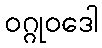
ဝဂ္ဂုဝဒေါ